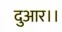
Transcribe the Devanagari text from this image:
दुआर।।